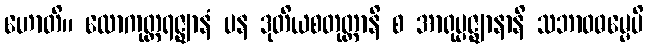
ဟောတိ။ လောကုတ္တရဇ္ဈာနံ ပန ဒုတိယစတုတ္ထာနိ စ အာရုပ္ပဇ္ဈာနာနိ သဘာဝဓမ္မေပိ